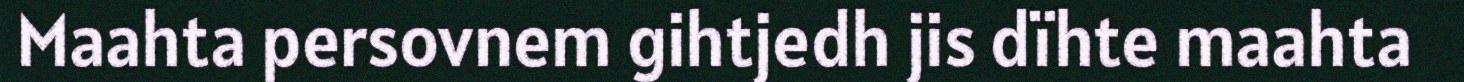
Maahta persovnem gihtjedh jis dïhte maahta